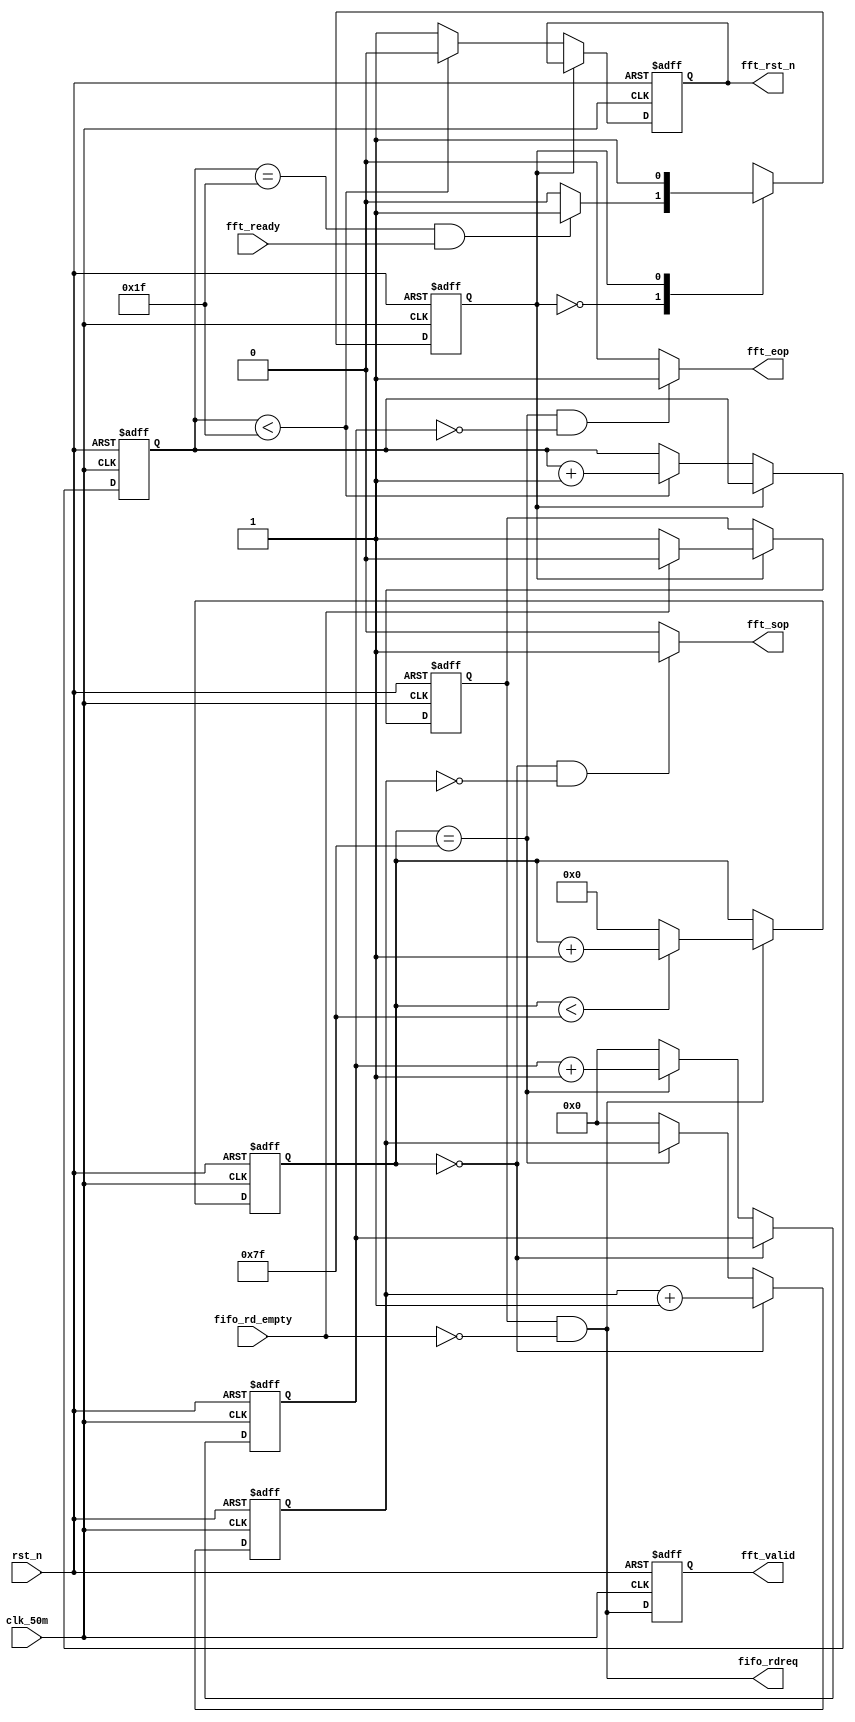
//****************************************Copyright (c)***********************************//
// : NC 
// ,  
// Copyright (c) 2020
// ALL right reserved
//----------------------------------------------------------------------------------------//
// Descriptions: 	FFTFIFO IP
//----------------------------------------------------------------------------------------//
// Note: 1128
//
//----------------------------------------------------------------------------------------//
//****************************************************************************************//








//FIFO1281FFT
//fft_validFFT IPfft_validsopeop
module FFT_fifo_ctrl(
    input      			clk_50m,
    input      			rst_n,
  
    input      			fifo_rd_empty,
    output     			fifo_rdreq,
      
    input         			fft_ready,
    output 	reg    		fft_rst_n,
    output 	reg			fft_valid,
    output        			fft_sop,
    output        			fft_eop
);

//reg define
reg         state;
reg  [4:0]  delay_cnt;
reg  [9:0]  fft_cnt;   
reg         rd_en;
//*****************************************************
//**                    main code
//***************************************************** 

//,
always @(posedge clk_50m or negedge rst_n)begin
	if(!rst_n)begin
		state<=1'b0;
	end
	else begin
		case(state)
			1'b0:state<=(delay_cnt==5'd31)&&(fft_ready)?1:0;//
			1'b1:state<=1'b1;//
			default:state<=1'b0;
		endcase
	end
end
//
//FFTFIFOFFT
always @ (posedge clk_50m or negedge rst_n) begin
    if(!rst_n) begin
        rd_en     <= 1'b0;
        fft_rst_n <= 1'b0;
        delay_cnt <= 5'd0;
    end
    else begin
        case(state)
		      1'b0: begin//,32FFT            
                if(delay_cnt < 5'd31) begin 
                    delay_cnt <= delay_cnt + 1'b1;
                    fft_rst_n <= 1'b0;
                end
                else begin
						  delay_cnt <= delay_cnt;//31310FFTready
                    fft_rst_n <= 1'b1;
                end
            end
            1'b1: begin//
                if(!fifo_rd_empty)//FIFO
                    rd_en <= 1'b1;
                else
                    rd_en <= 1'b0;
            end
        endcase
    end
end

//
assign 	fifo_rdreq = rd_en && (~fifo_rd_empty);             //FIFO

//fifo_rdreqfft_validFFT IP
always 	@(posedge clk_50m or negedge rst_n)begin
		if(!rst_n)begin
			fft_valid<=0;
		end
		else 
			fft_valid<=fifo_rdreq;
end

//FIFO128128
always 	@(posedge clk_50m or negedge rst_n)begin
		if(!rst_n)begin
	        fft_cnt<=0;
		end
		else if(fifo_rdreq)begin//
			if(fft_cnt<127)
	           	fft_cnt<=fft_cnt+1'b1;
            	else
	           	fft_cnt<=0;
		end
	else
		fft_cnt<=fft_cnt;//
	
end

reg		[10:0]	fft_sop_cnt;
reg		[10:0]	fft_eop_cnt;
always	@(posedge clk_50m or negedge rst_n)begin
		if(!rst_n)begin
			fft_sop_cnt<=0;
			fft_eop_cnt<=0;
		end
		else if(fft_cnt == 0)begin
				fft_sop_cnt<=fft_sop_cnt+1'b1;//cnt1011170
		end
		else if(fft_cnt == 127)begin
				fft_eop_cnt<=fft_eop_cnt+1'b1;
		end
		else begin
			fft_sop_cnt<='d0;
			fft_eop_cnt<='d0;
		end	
end

	
//128,sopeop
assign 	fft_sop    = (fft_cnt==10'd0 &&fft_sop_cnt==0 )   ? 1'b1 : 1'b0; //sop
assign 	fft_eop    = (fft_cnt==10'd127&&fft_eop_cnt==0)   ? 1'b1 : 1'b0; //eop


endmodule